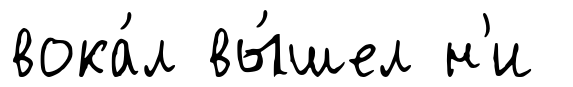
вока́л вы́шел н'и